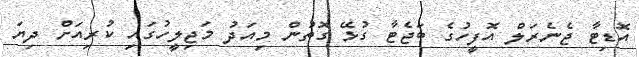
އޮޑިޓާ ޖެނެރަލް އޮފީހުގެ ބަޖެޓާ ގުޅޭ ގޮތުން މިއަދު މަޖިލީހުގައި ކުރިއަށް ދިޔަ